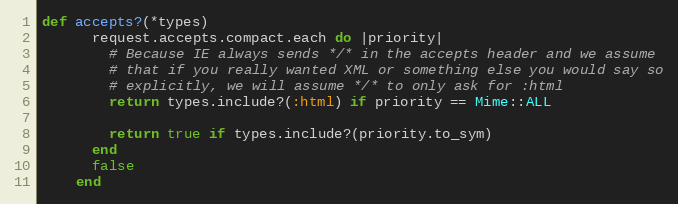
Language: Ruby
def accepts?(*types)
      request.accepts.compact.each do |priority|
        # Because IE always sends */* in the accepts header and we assume
        # that if you really wanted XML or something else you would say so
        # explicitly, we will assume */* to only ask for :html
        return types.include?(:html) if priority == Mime::ALL

        return true if types.include?(priority.to_sym)
      end
      false
    end